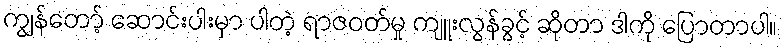
ကျွန်တော့် ဆောင်းပါးမှာ ပါတဲ့ ရာဇဝတ်မှု ကျူးလွန်ခွင့် ဆိုတာ ဒါကို ပြောတာပါ။